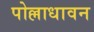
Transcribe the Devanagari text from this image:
पोल्लाधावन